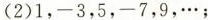
(2)1，-3，5，-7，9，…；